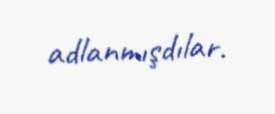
adlanmışdılar.